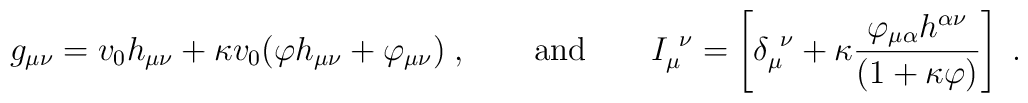
g_{\mu\nu} = v_0h_{\mu\nu} + \kappa v_0(\varphi h_{\mu\nu} + \varphi_{\mu\nu})\; , \qquad \mbox{and} \qquad I_\mu^{\ \nu}= \left[\delta_\mu^{\ \nu} + \kappa\frac{\varphi_{\mu\alpha}h^{\alpha\nu}}{(1 +\kappa\varphi)}\right] \; .